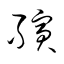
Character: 殯